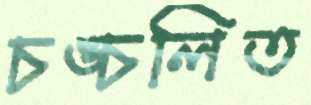
চঙ্চলিত